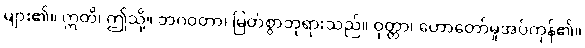
များ၏။ ဣတိ၊ ဤသို့။ ဘဂဝတာ၊ မြတ်စွာဘုရားသည်။ ဝုတ္တာ၊ ဟောတော်မူအပ်ကုန်၏။